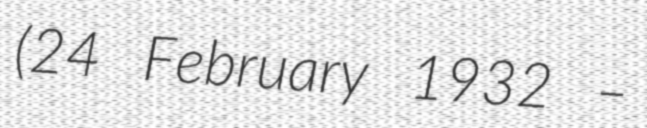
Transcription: (24 February 1932 –